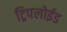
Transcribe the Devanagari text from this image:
ट्रिपलोईड